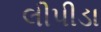
લીપીડા